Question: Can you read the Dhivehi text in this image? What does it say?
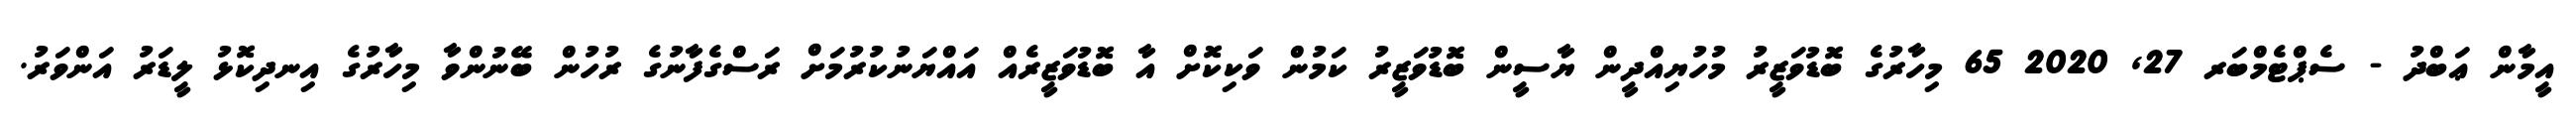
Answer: އީމާން ޢަބްދު - ސެޕްޓެމްބަރ 27, 2020 65 މިހާރުގެ ބޮޑުވަޒީރު މުހުޔިއްދީން ޔާސީން ބޮޑުވަޒީރު ކަމުން ވަކިކޮށް އާ ބޮޑުވަޒީރެއް އައްޔަނުކުރުމަށް ރަސްގެފާނުގެ ރުހުން ބޭނުންވާ މިހާރުގެ އިނދިކޮޅު ލީޑަރު އަންވަރު.